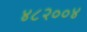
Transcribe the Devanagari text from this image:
४८२००४